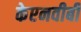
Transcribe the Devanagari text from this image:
केएनवीबी